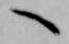
へ